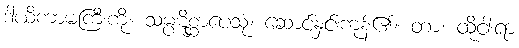
ဒါယိကာမကြီးကို။ သမ္ပဋိစ္ဆာပေသုံ၊ ဆောင်နှင်းကုန်၏။ တာ၊ ထိုငါးရာ